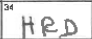
Transcription: HRD